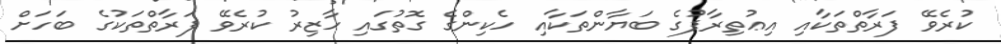
ކުރެވޭ ފަރާތްތަކާއި އިޢުތިރާފުގެ ބަޔާންތަކާއި ހެކިންގެ ގޮތުގައި ހާޒިރު ކުރެވޭ ފަރާތްތަކުގެ ބަހަށް